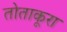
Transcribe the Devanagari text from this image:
तोताकूरा